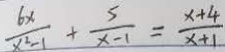
\frac { 6 x } { x ^ { 2 } - 1 } + \frac { 5 } { x - 1 } = \frac { x + 4 } { x + 1 }